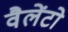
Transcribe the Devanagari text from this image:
वैलेंटो